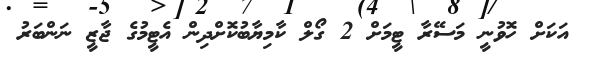
އަކަށް ހޮވުނީ މަސޭރާ ޓީމަށް 2 ގޯލް ކާމިޔާބުކޮށްދިން އެޓީމުގެ ޖާޒީ ނަންބަރު